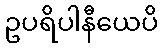
ဥပရိပါနီယေပိ